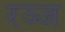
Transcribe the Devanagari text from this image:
रञ्ज